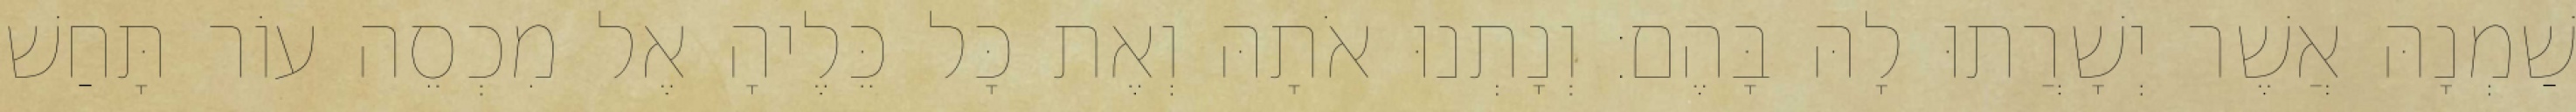
שַׁמְנָהּ אֲשֶׁר יְשָׁרֲתוּ לָהּ בָּהֶם׃ וְנָתְנוּ אֹתָהּ וְאֶת כָּל כֵּלֶיהָ אֶל מִכְסֵה עוֹר תָּחַשׁ